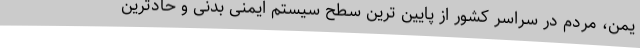
یمن، مردم در سراسر کشور از پایین ترین سطح سیستم ایمنی بدنی و حادترین